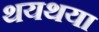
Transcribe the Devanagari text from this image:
थयथया